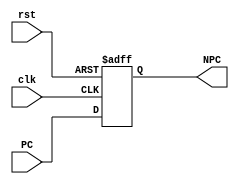
`timescale 1ns / 1ps
//////////////////////////////////////////////////////////////////////////////////
// Company:
// Engineer:
//
// Design Name:
// Module Name:    ProgramCounter
// Project Name:
// Target Devices:
// Tool versions:
// Description:
//
// Dependencies:
//
// Revision:
// Revision 0.01 - File Created
// Additional Comments:
//
//////////////////////////////////////////////////////////////////////////////////
module ProgramCounter(
input clk,
input rst,
input [31:0] PC,
output reg [31:0] NPC
    );

	 always@(posedge clk or posedge rst)
	 begin
		if(rst)begin
			NPC <= 32'd0;
		end
		else begin
			NPC <= PC;
		end
	end

endmodule
////////////////////////////////////////////////////////////////
//
// This is the program counter where input is PC and the next PC
// is set as PC input, NPC <= PC, at the posedge of clk and rst.
// basic design for Program counter nothing much.
// reset is there to start the program execution from start again
//
////////////////////////////////////////////////////////////////